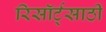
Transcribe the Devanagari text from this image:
रिसॉर्ट्‌साठी